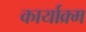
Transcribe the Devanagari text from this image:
कार्याक्र्म